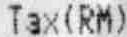
TAX(RM)